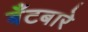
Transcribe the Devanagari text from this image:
बँटबारे